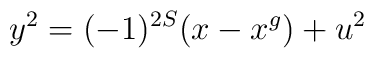
y^2 = (-1)^{2S}(x-x^g) +  u^2